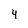
Character: 4